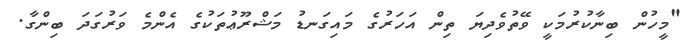
"މީހުން ބިނާކުރުމަކީ ވޭތުވެދިޔަ ތިން އަހަރުގެ މައިގަނޑު މަޝްރޫޢުތަކުގެ އެންމެ ވަރުގަދަ ބިންގާ.